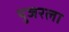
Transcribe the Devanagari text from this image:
युजरला